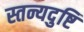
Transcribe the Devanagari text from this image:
स्तन्यदुष्टि